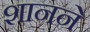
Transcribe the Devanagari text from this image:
शानने